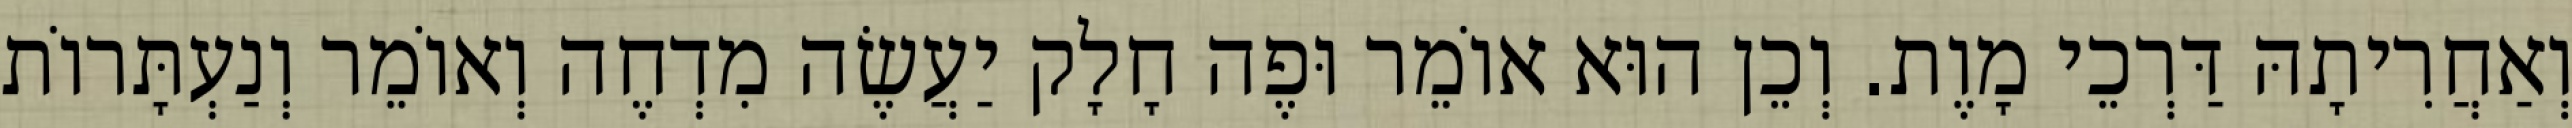
וְאַחֲרִיתָהּ דַּרְכֵי מָוֶת. וְכֵן הוּא אוֹמֵר וּפֶה חָלָק יַעֲשֶׂה מִדְחֶה וְאוֹמֵר וְנַעְתָּרוֹת